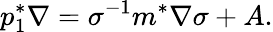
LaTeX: p_{1}^{*}\nabla=\sigma^{-1}m^{*}\nabla\sigma+A.